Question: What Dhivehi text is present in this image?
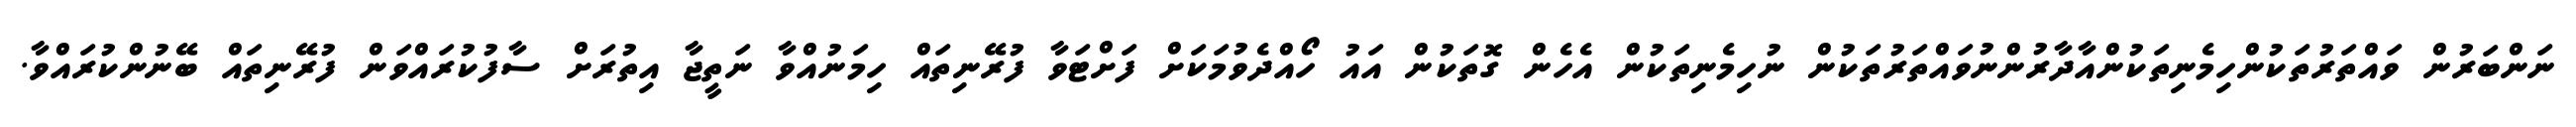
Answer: ނަންބަރުން ވައްތަރުތަކުންހިމެނިތަކުންއާދާރުންނުވައްތަރުތަކުން ނުހިމެނިތަކުން އެހެން ގޮތަކުން އައު ހޯއްދެވުމަކަށް ފަށްޓަވާ ފުރޭނިތައް ހިމަނުއްވާ ނަތީޖާ އިތުރަށް ސާފުކުރައްވަން ފުރޭނިތައް ބޭނުންކުރައްވާ.